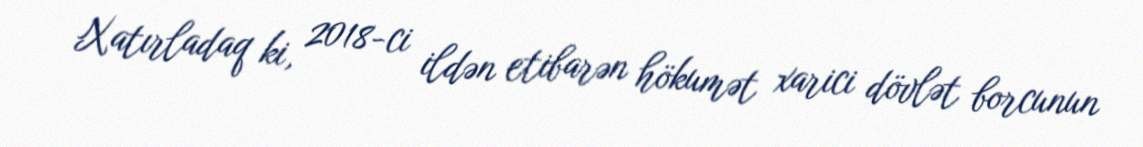
Xatırladaq ki, 2018-ci ildən etibarən hökumət xarici dövlət borcunun